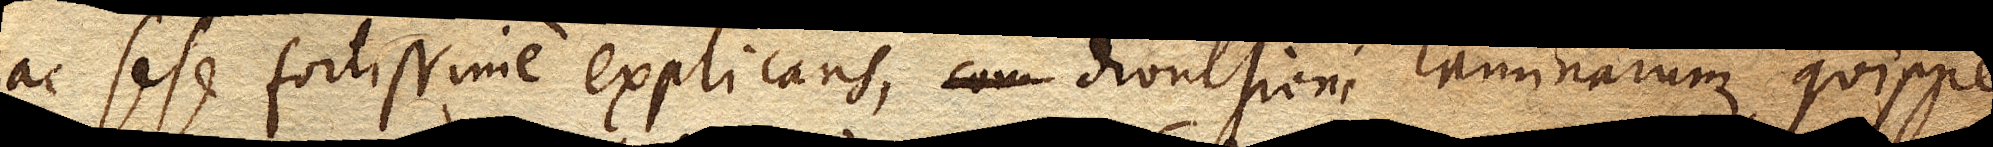
ac sese fortissime explicans, divulsioni laminarum, quippe